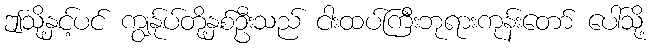
ဤသို့နှင့်ပင် ကျွန်ုပ်တို့နှစ်ဦးသည် ငါးထပ်ကြီးဘုရားကုန်းတော် ပေါ်သို့